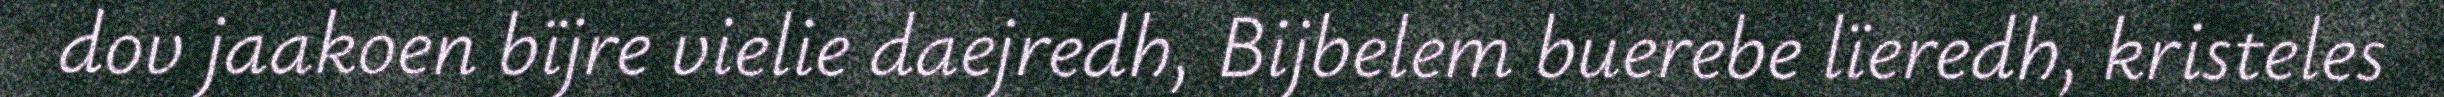
dov jaakoen bïjre vielie daejredh, Bijbelem buerebe lïeredh, kristeles